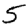
Digit: 5